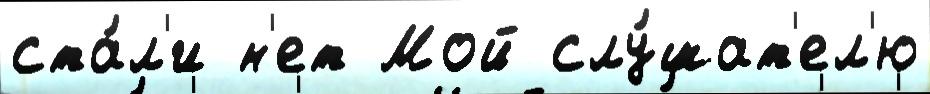
ста́л'и н'ет Мой слу́шат'ел'ю